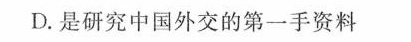
D.是研究中国外交的第一手资料